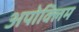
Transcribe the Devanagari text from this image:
अपोक्लिम